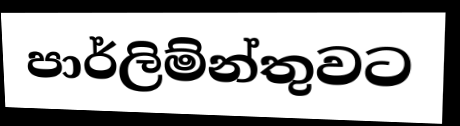
පාර්ලිම්න්තුවට